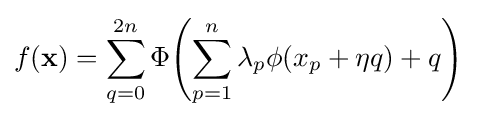
f(\mathbf {x} )=\sum _{q=0}^{2n}\Phi \!\left(\sum _{p=1}^{n}\lambda _{p}\phi (x_{p}+\eta q)+q\right)